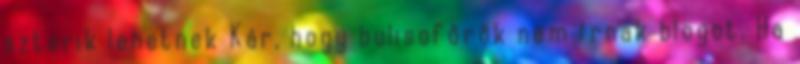
sztorik lehetnek Kár, hogy bulisofőrök nem írnak blogot. Ha